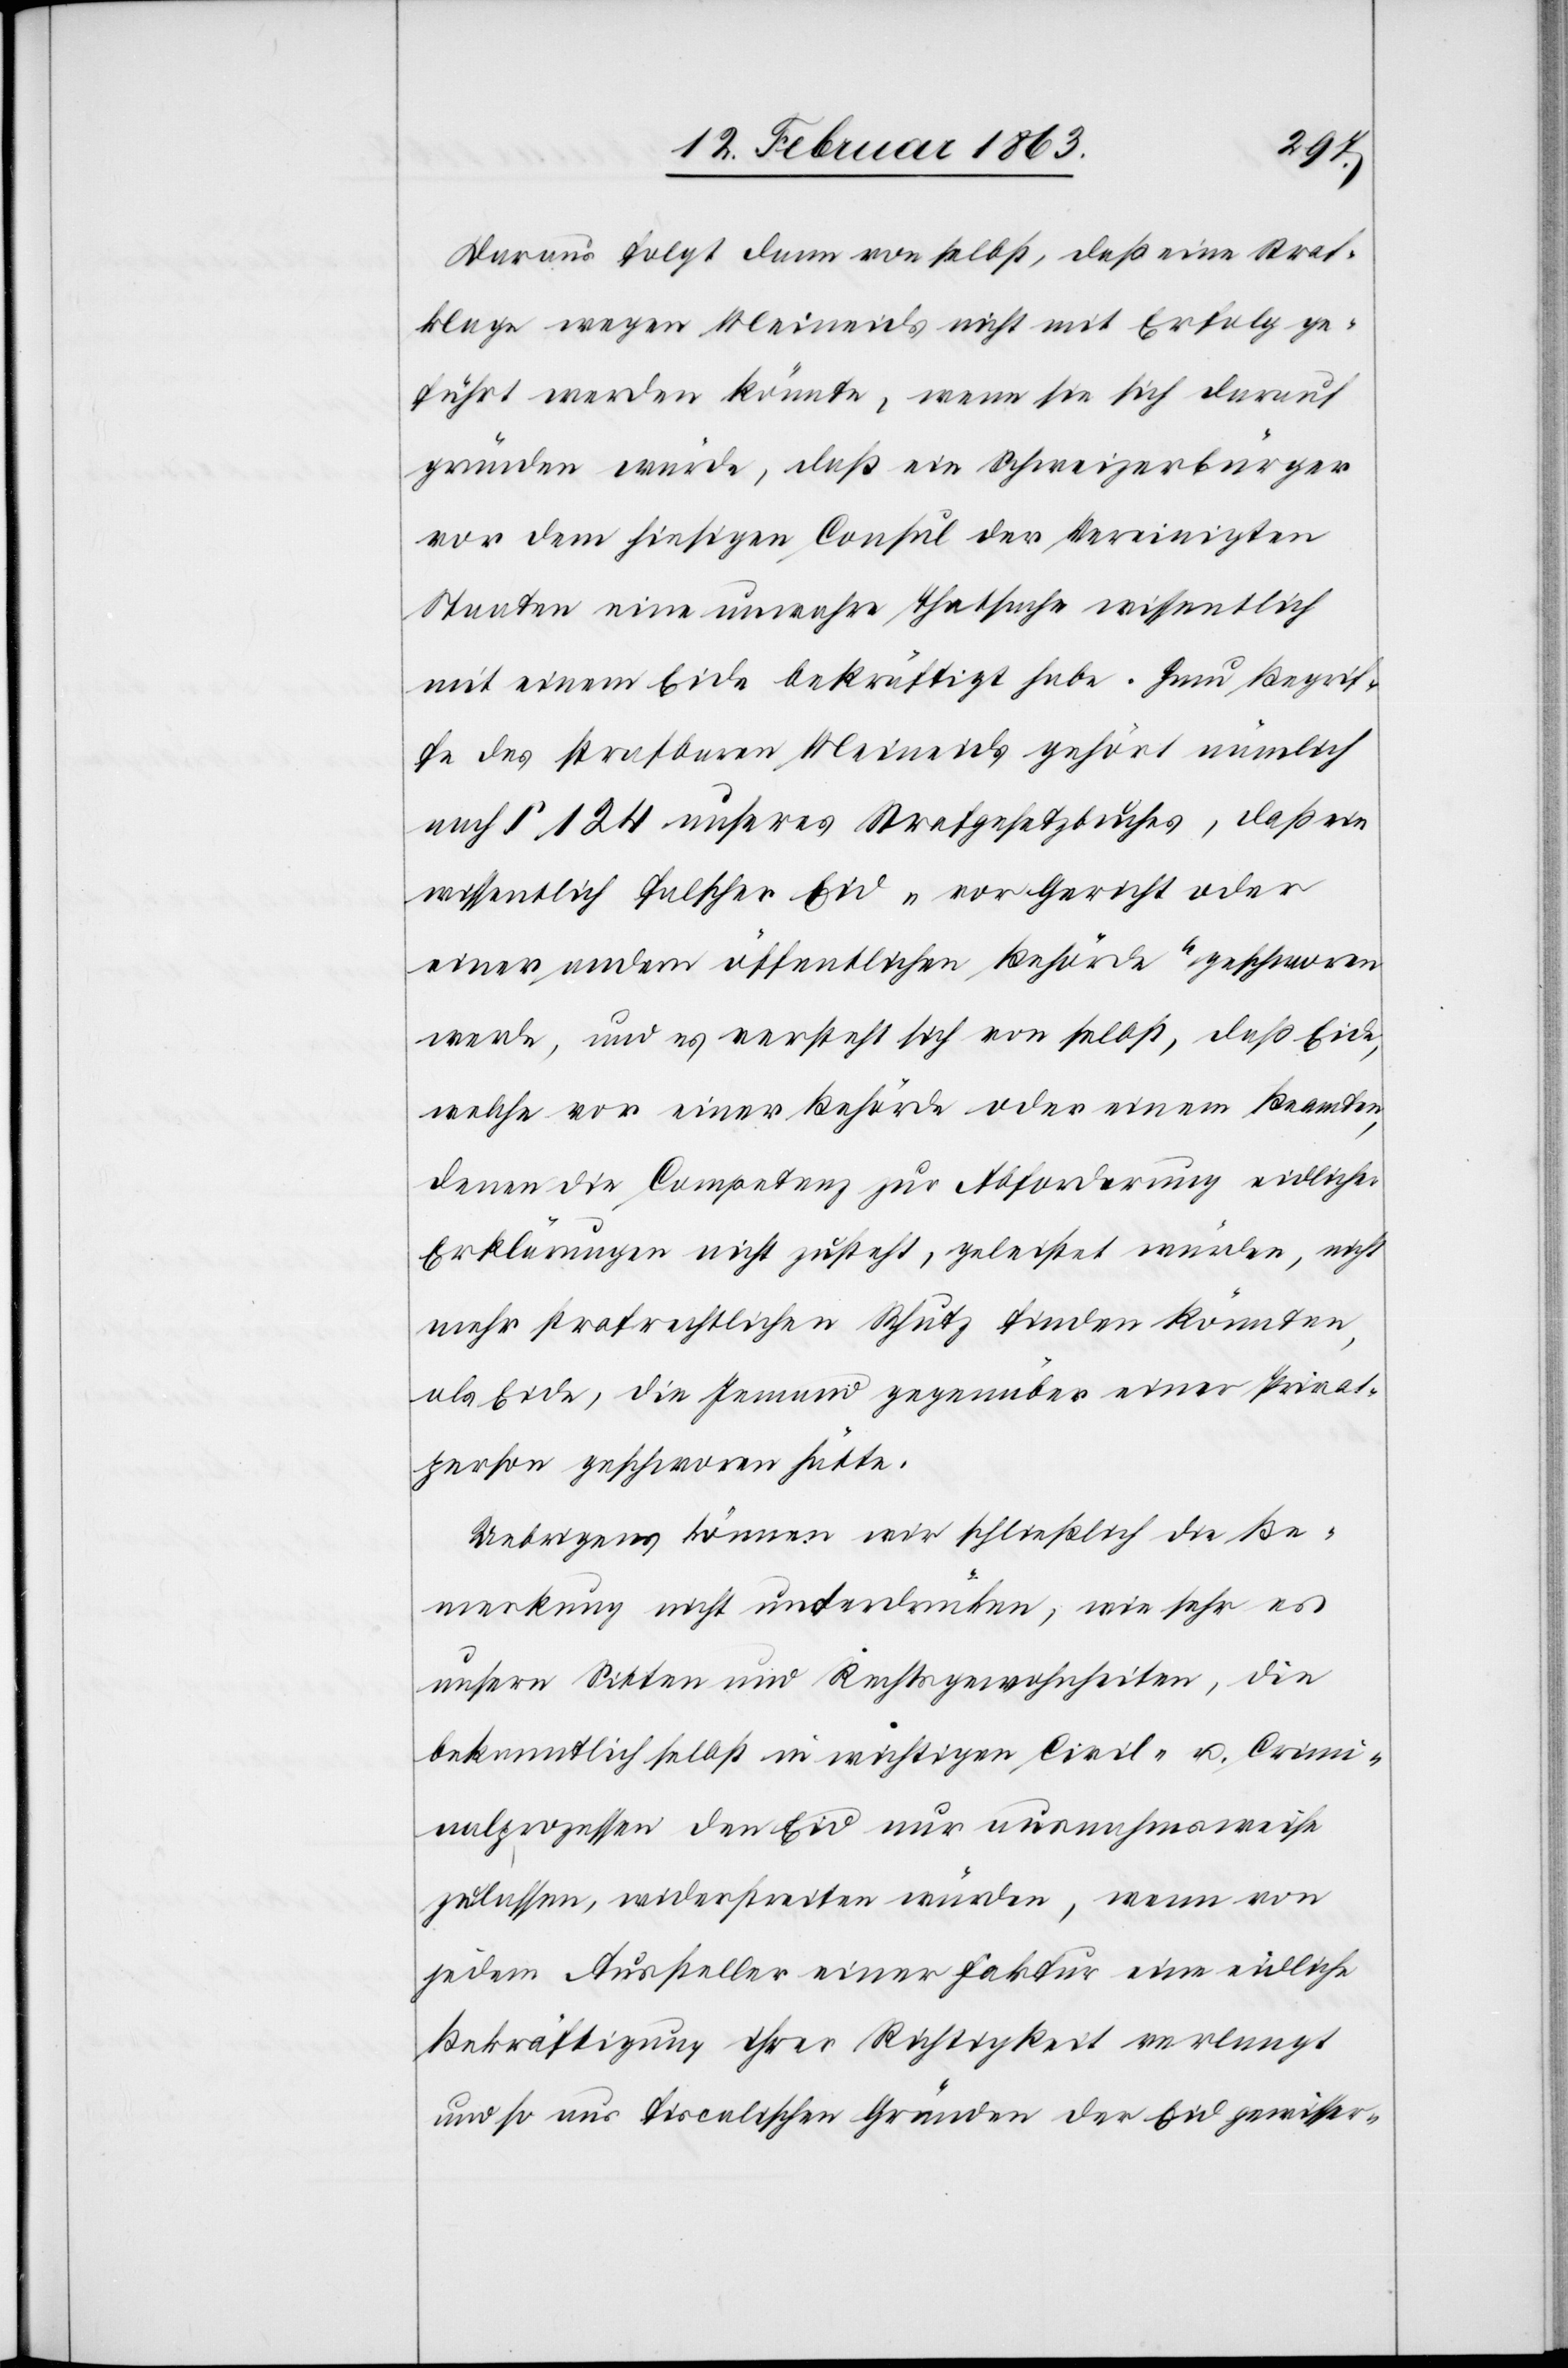
Daraus folgt dann von selbst, daß eine Straf¬
klage wegen Meineids nicht mit Erfolg ge¬
führt werden könnte, wenn sie sich darauf
gründen würde, daß ein Schweizerbürger
vor dem hiesigen Consul der Vereinigten
Staaten eine unwahre Thatsache wissentlich
mit einem Eide bekräftigt habe. Zum Begrif¬
fe des strafbaren Meineids gehört nämlich
nach § 124 unseres Strafgesetzbuches, daß ein
wissentlich falscher Eid „vor Gericht oder
einer andern öffentlichen Behörde“ geschworen
werde, und es versteht sich von selbst, daß Eide,
welche vor einer Behörde oder einem Beamten,
denen die Competenz zur Abforderung eidlicher
Erklärungen nicht zusteht, geleistet würden, nicht
mehr strafrechtlichen Schutz finden könnten,
als Eide, die Jemand gegenüber einer Privat¬
person geschworen hätte.
Uebrigens können wir schließlich die Be¬
merkung nicht unterdrücken, wie sehr es
unsere Sitten und Rechtsgewohnheiten, die
bekanntlich selbst in wichtigen Civil- u. Crimi¬
nalprozessen den Eid nur ausnahmsweise
zulassen, widerstreiten würden, wenn von
jedem Aussteller einer Faktur eine eidliche
Bekräftigung ihrer Richtigkeit verlangt
und so aus fiscalischen Gründen der Eid gewisser-